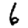
Digit: 6